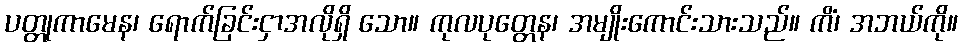
ပတ္တုကာမေန၊ ရောက်ခြင်းငှာအလိုရှိ သော။ ကုလပုတ္တေန၊ အမျိုးကောင်းသားသည်။ ကိံ၊ အဘယ်ကို။